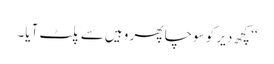
‘‘ کچھ دیر کو سوچا پھر وہیں سے پلٹ آیا۔